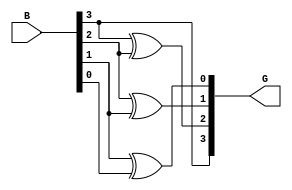
module binary_to_grey(B,G);
input [3:0] B;
output [3:0] G;

assign G[3] = B[3];
assign G[2] = B[3]^B[2];
assign G[1] = B[2]^B[1];
assign G[0] = B[1]^B[0];




endmodule